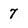
Character: 7